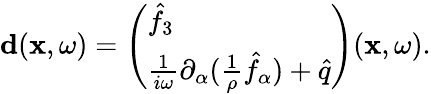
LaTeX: \begin{array}{r}{{\mathbf d}({\mathbf x},\omega)=\left(\begin{array}{l}{\hat{f}_{3}}\\ {\frac{1}{i\omega}\partial_{\alpha}(\frac{1}{\rho}\hat{f}_{\alpha})+\hat{q}}\end{array}\right)({\mathbf x},\omega).}\end{array}